Indian journal of veterinary science and animal husbandry - Volume 9,
Year: 1939
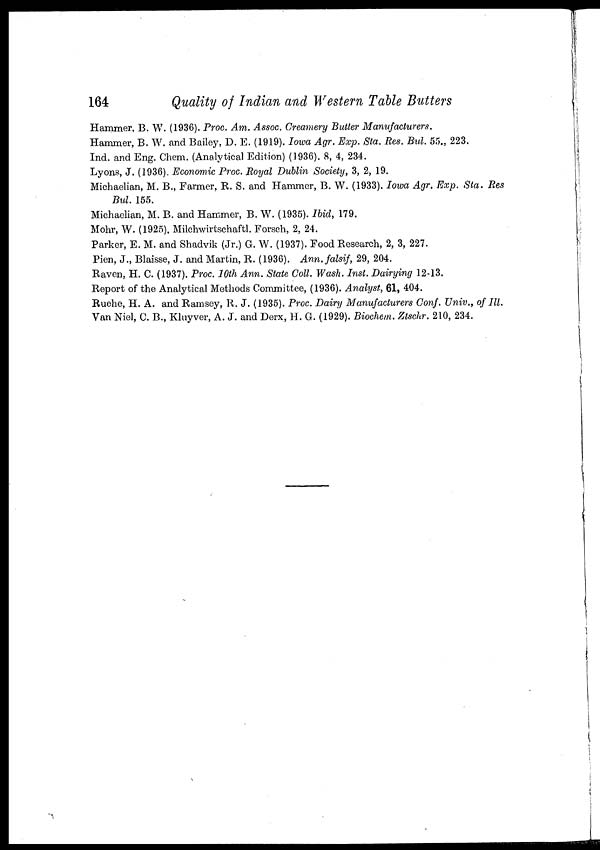
164
Quality of Indian and Western Table Butters
Hammer, B. W. (1936). Proc. Am. Assoc. Creamery Butter Manufacturers.
Hammer, B. W. and Bailey, D. E. (1919). Iowa Agr. Exp. Sta. Res. Bul. 55., 223.
Ind. and Eng. Chem. (Analytical Edition) (1936). 8, 4, 234.
Lyons, J. (1936). Economic Proc. Royal Dublin Society, 3, 2, 19.
Michaelian, M. B., Farmer, R. S. and Hammer, B. W. (1933). Iowa Agr. Exp. Sta. Res
Bul. 155.
Michaelian, M. B. and Hammer, B. W. (1935). Ibid, 179.
Mohr, W. (1925). Milchwirtschaftl. Forsch, 2, 24.
Parker, E. M. and Shadvik (Jr.) G. W. (1937). Food Research, 2, 3, 227.
Pien, J., Blaisse, J. and Martin, R. (1936). Ann.falsif, 29, 204.
Raven, H. C. (1937). Proc. 10th Ann. State Coll. Wash. Inst. Dairying 12-13.
Report of the Analytical Methods Committee, (1936). Analyst, 61, 404.
Ruehe, H. A. and Ramsey, R. J. (1935). Proc. Dairy Manufacturers Conf. Univ., of Ill.
Van Niel, C. B., Kluyver, A. J. and Derx, H. G. (1929). Biochem. Ztschr. 210, 234.